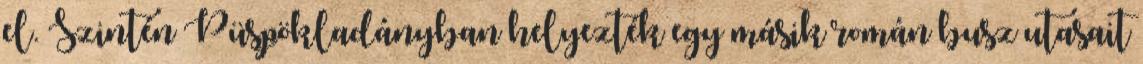
el. Szintén Püspökladányban helyezték egy másik román busz utasait